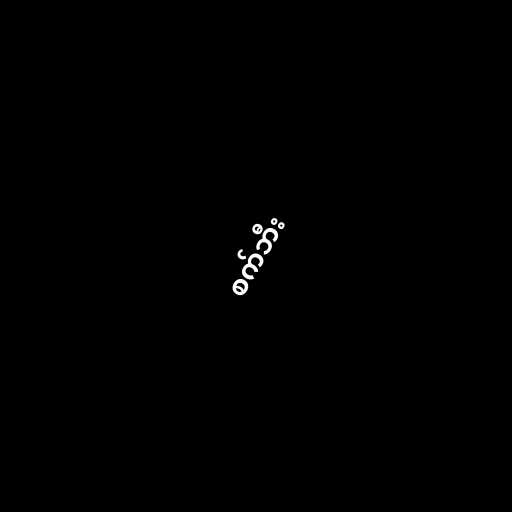
စက်ဘီး